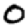
Digit: 0